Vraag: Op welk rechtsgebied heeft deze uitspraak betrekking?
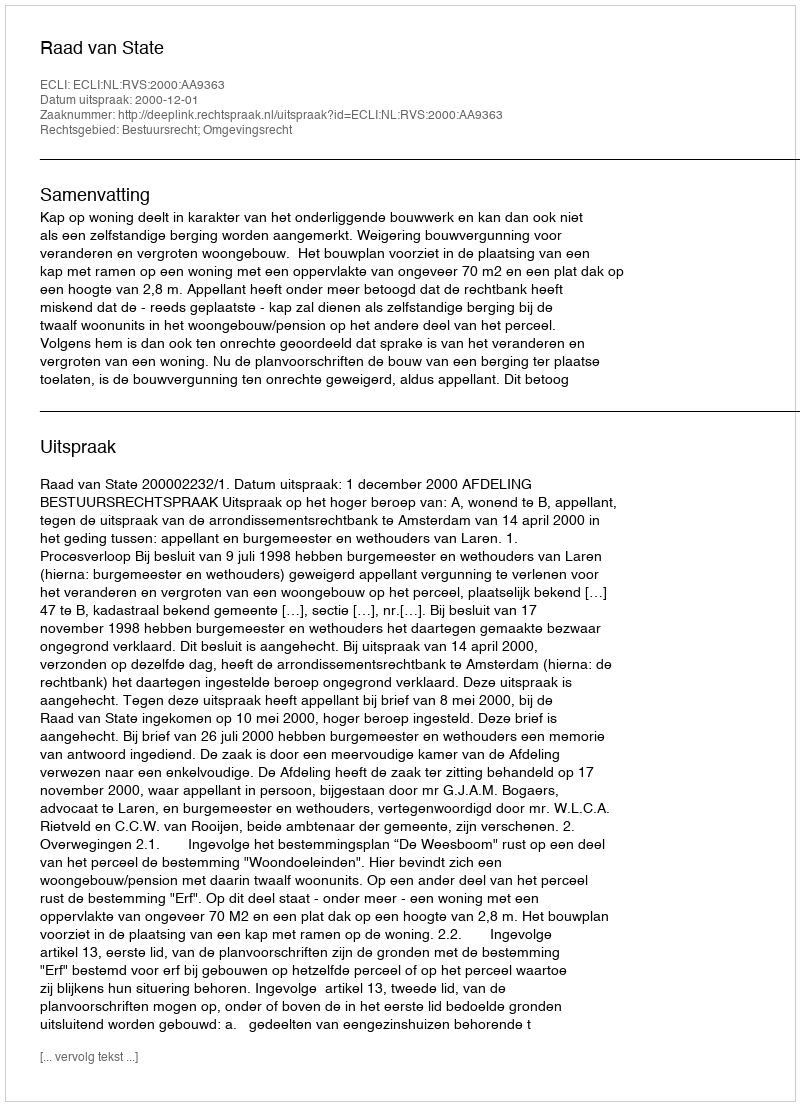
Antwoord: Bestuursrecht; Omgevingsrecht